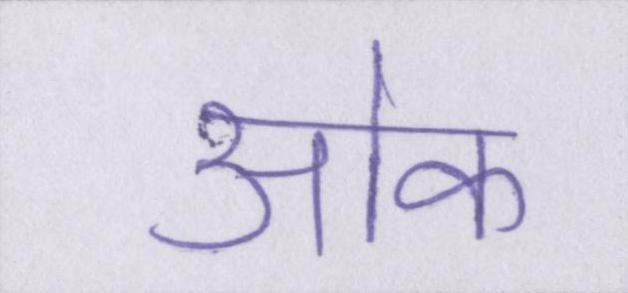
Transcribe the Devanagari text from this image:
ओक